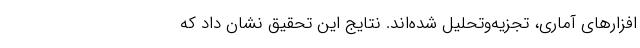
‌افزارهای آماری، تجزیه‌وتحلیل شده‌اند. نتایج این تحقیق نشان داد که